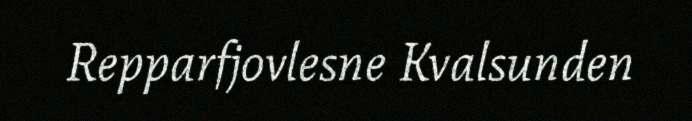
Repparfjovlesne Kvalsunden